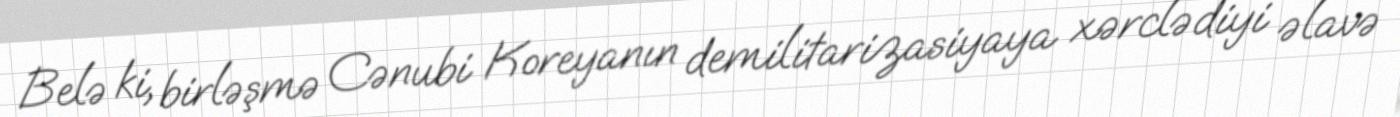
Belə ki, birləşmə Cənubi Koreyanın demilitarizasiyaya xərclədiyi əlavə